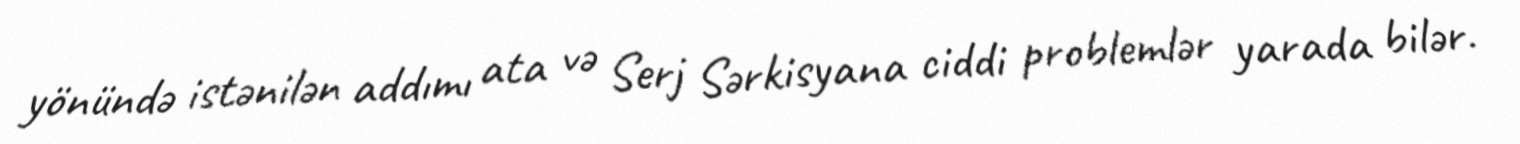
yönündə istənilən addımı ata və Serj Sərkisyana ciddi problemlər yarada bilər.